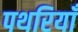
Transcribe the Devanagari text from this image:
पथरियाँ